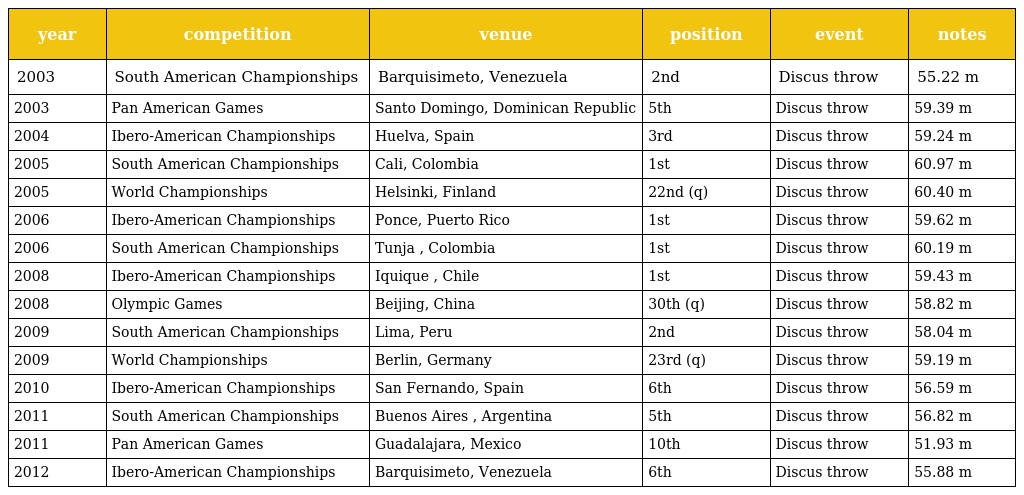
| year | competition | venue | position | event | notes |
 | --- | --- | --- | --- | --- | --- |
 | 2003 | South American Championships | Barquisimeto, Venezuela | 2nd | Discus throw | 55.22 m |
 | 2003 | Pan American Games | Santo Domingo, Dominican Republic | 5th | Discus throw | 59.39 m |
 | 2004 | Ibero-American Championships | Huelva, Spain | 3rd | Discus throw | 59.24 m |
 | 2005 | South American Championships | Cali, Colombia | 1st | Discus throw | 60.97 m |
 | 2005 | World Championships | Helsinki, Finland | 22nd (q) | Discus throw | 60.40 m |
 | 2006 | Ibero-American Championships | Ponce, Puerto Rico | 1st | Discus throw | 59.62 m |
 | 2006 | South American Championships | Tunja , Colombia | 1st | Discus throw | 60.19 m |
 | 2008 | Ibero-American Championships | Iquique , Chile | 1st | Discus throw | 59.43 m |
 | 2008 | Olympic Games | Beijing, China | 30th (q) | Discus throw | 58.82 m |
 | 2009 | South American Championships | Lima, Peru | 2nd | Discus throw | 58.04 m |
 | 2009 | World Championships | Berlin, Germany | 23rd (q) | Discus throw | 59.19 m |
 | 2010 | Ibero-American Championships | San Fernando, Spain | 6th | Discus throw | 56.59 m |
 | 2011 | South American Championships | Buenos Aires , Argentina | 5th | Discus throw | 56.82 m |
 | 2011 | Pan American Games | Guadalajara, Mexico | 10th | Discus throw | 51.93 m |
 | 2012 | Ibero-American Championships | Barquisimeto, Venezuela | 6th | Discus throw | 55.88 m |